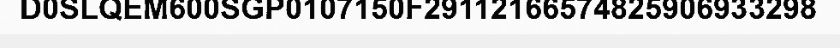
D0SLQEM600SGP0107150F29112166574825906933298